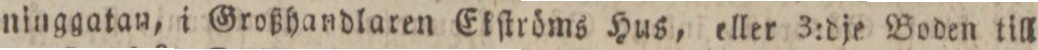
ninggatan, i Großhandlaren Ekſtröms Hus, eller 3:dje Boden till